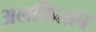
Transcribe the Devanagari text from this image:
अलकिताब